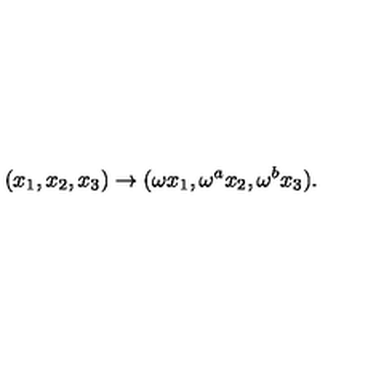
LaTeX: ( x _ { 1 } , x _ { 2 } , x _ { 3 } ) \rightarrow ( \omega x _ { 1 } , \omega ^ { a } x _ { 2 } , \omega ^ { b } x _ { 3 } ) .